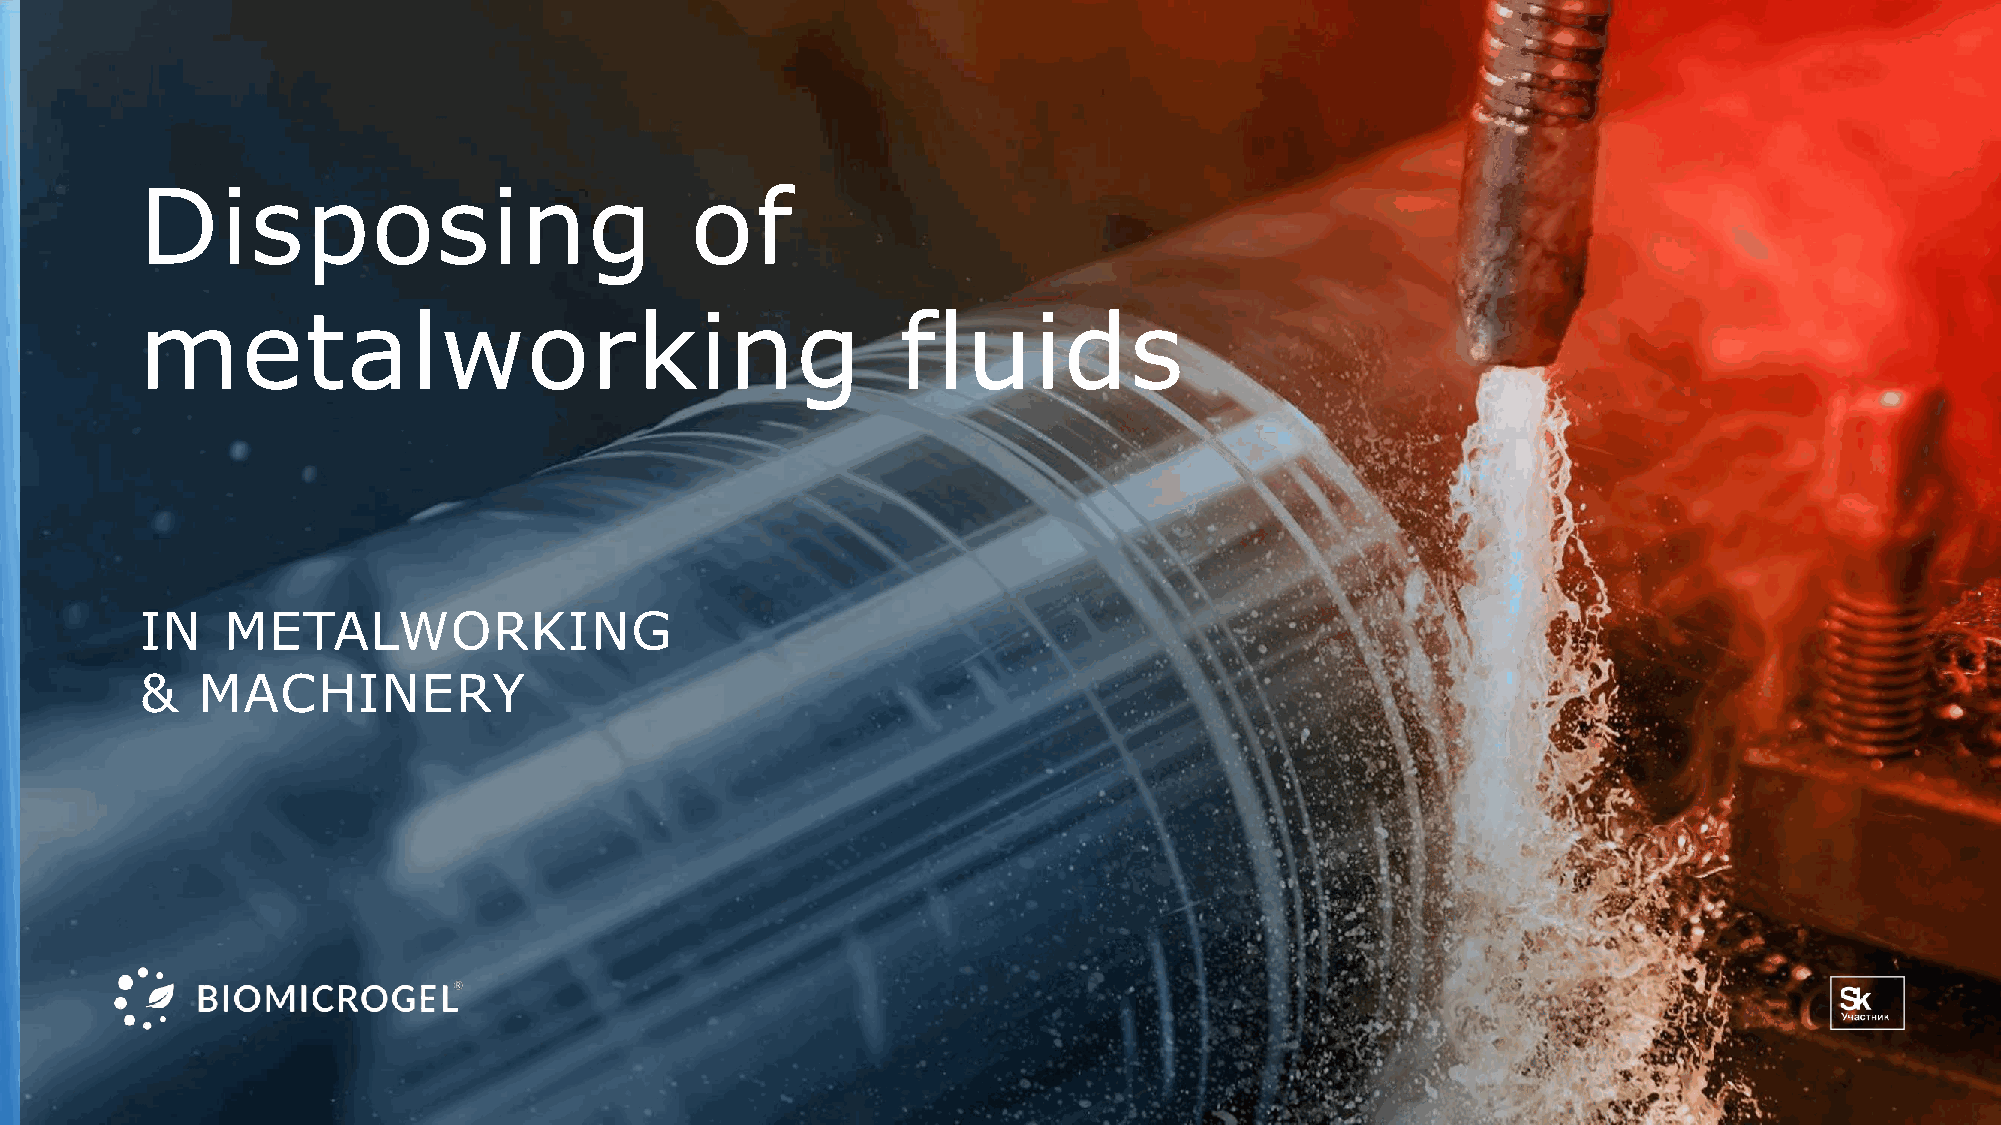
Disposing                            of
 metalworking                                      fluids
 IN    METALWORKING
 &   MACHINERY